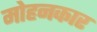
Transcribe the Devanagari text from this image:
मोहनकार